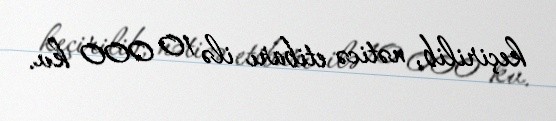
keçirilib, nəticə etibarı ilə 10 000 kv.